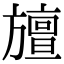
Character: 𭥆